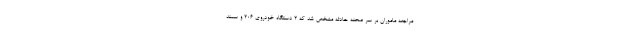
مراجعه ماموران بر سر صحنه حادثه مشخص شد که ۲ دستگاه خودروی ۲۰۶ و سمند